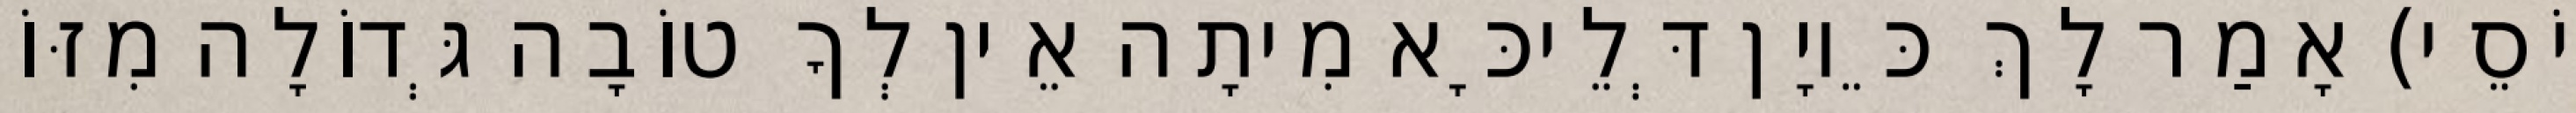
יוֹסֵי) אָמַר לָךְ כֵּיוָן דְּלֵיכָּא מִיתָה אֵין לְךָ טוֹבָה גְּדוֹלָה מִזּוֹ